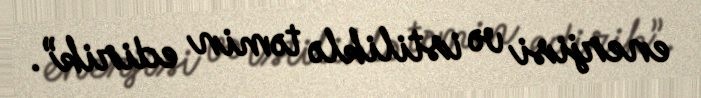
enerjisi və istiliklə təmin edirik”.